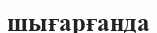
шығарғанда